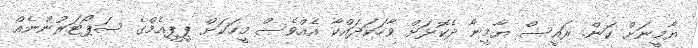
ޔާމީނަށް ކަން. ރައީސް ޔާމީނާ ދެކޮޅަށް ވާހަކަދައްކާ އެއްވެސް މީހަކަށް ޕީޕީއެމްގެ ސަޕޯޓަރުންނެއް